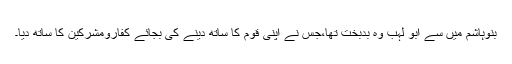
بنوہاشم میں سے ابو لہب وہ بدبخت تھا،جس نے اپنی قوم کا ساتھ دینے کی بجائے کفارومشرکین کا ساتھ دیا۔